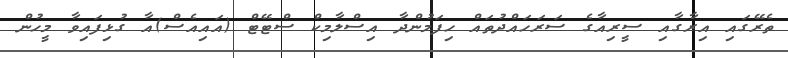
ތެރޭގައި އިރާގާއި ސީރިއާގެ ސަރަހައްދުތައް ހިފަމުންދާ އިސްލާމިކް ސްޓޭޓް (އައިއެސް)އާ ގުޅިފައިވާ މީހުން